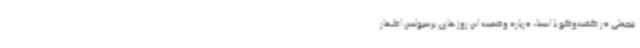
پنجعلی در گفت‌وگو با ایسنا، درباره وضعیت این روزهای پرسپولیس اظهار